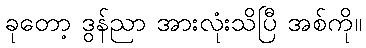
ခုတော့ ဒွန်ညာ အားလုံးသိပြီ အစ်ကို။